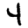
Digit: 4